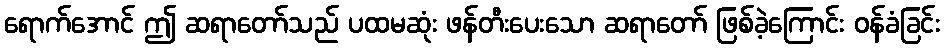
ရောက်အောင် ဤ ဆရာတော်သည် ပထမဆုံး ဖန်တီးပေးသော ဆရာတော် ဖြစ်ခဲ့ကြောင်း ဝန်ခံခြင်း